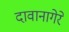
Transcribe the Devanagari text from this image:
दावानागेरे